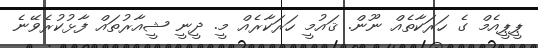
ޕީޕީއެމް ގެ ހަރަކާތެއް ނޫން. ޤައުމީ ހަރަކާރެއް މީ. ދީނީ ޝީއާރުތައް ފާޅުކުރެވޭނެ